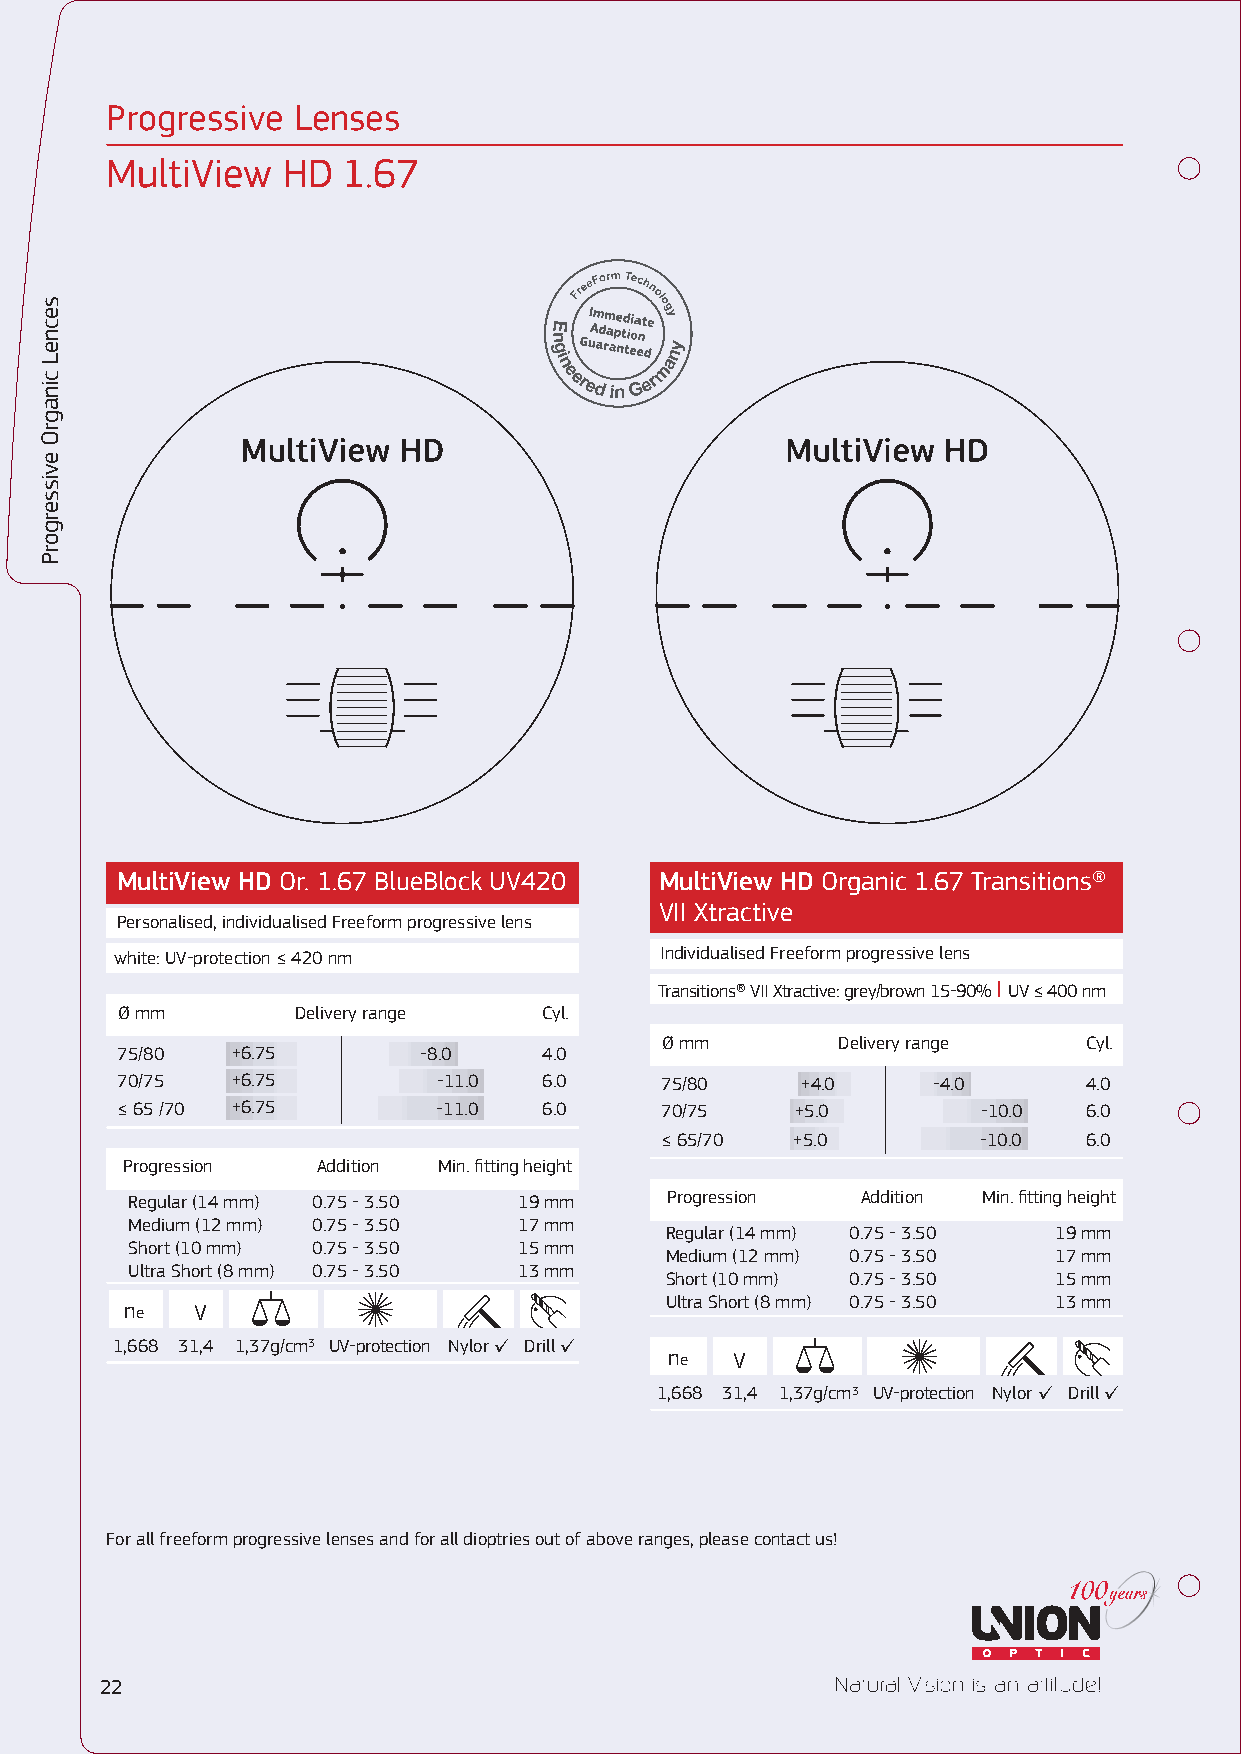
Progressive Lenses
 MultiView   HD  1.67
 MultiView HD Or. 1.67 BlueBlock UV420 MultiView HD Organic 1.67 Transitions®
 VII Χtractive
 Personalised, individualised Freeform progressive lens
 white: UV-protection ≤ 420 nm       Individualised Freeform progressive lens
 Transitions® VII Χtractive: grey/brown 15-90% I UV ≤ 400 nm
 Ø mm       Delivery range   Cyl.
 Ø mm       Delivery range   Cyl.
 75/80  +6.75        -8.0    4.0
 70/75  +6.75         -11.0  6.0     75/80    +4.0     -4.0      4.0
 ≤ 65 /70 +6.75       -11.0  6.0     70/75    +5.0        -10.0  6.0
 ≤ 65/70 +5.0         -10.0  6.0
 Progression  Addition Min. fitting height
 Regular (14 mm) 0.75 - 3.50 19 mm   Progression  Addition Min. fitting height
 Medium (12 mm) 0.75 - 3.50 17 mm
 Regular (14 mm) 0.75 - 3.50 19 mm
 Short (10 mm) 0.75 - 3.50 15 mm
 Medium (12 mm) 0.75 - 3.50 17 mm
 Ultra Short (8 mm) 0.75 - 3.50 13 mm
 Short (10 mm) 0.75 - 3.50 15 mm
 Ultra Short (8 mm) 0.75 - 3.50 13 mm
 ne   V
 1,668 31,4 1,37g/cm3 UV-protection Nylor ✓ Drill ✓
 ne   V
 1,668 31,4 1,37g/cm3 UV-protection Nylor ✓ Drill ✓
 For all freeform progressive lenses and for all dioptries out of above ranges, please contact us!
 22
 secneL
 cinagrΟ
 evissergorP